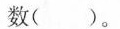
数()。